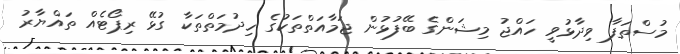
މުސްތަފާ ވިދާޅުވީ ހައްޖު މިޝަންގެ ބޭފުޅުން ޖަމާއަތްތަކުގެ ހިދުމަތްތަކާ ގުޅޭ ރިޕޯޓެއް ތައްޔާރު